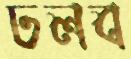
ঢলব